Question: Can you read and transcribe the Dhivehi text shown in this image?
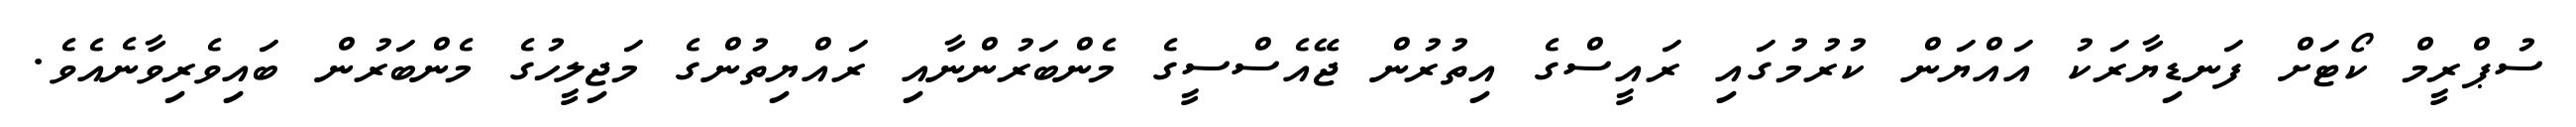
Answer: ސުޕްރީމް ކޯޓަށް ފަނޑިޔާރަކު އައްޔަން ކުރުމުގައި ރައީސްގެ އިތުރުން ޖޭއެސްސީގެ މެންބަރުންނާއި ރައްޔިތުންގެ މަޖިލީހުގެ މެންބަރުން ބައިވެރިވާނެއެވެ.